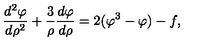
{ \frac { d ^ { 2 } \varphi } { d \rho ^ { 2 } } } + { \frac { 3 } { \rho } } { \frac { d \varphi } { d \rho } } = 2 ( \varphi ^ { 3 } - \varphi ) - f ,